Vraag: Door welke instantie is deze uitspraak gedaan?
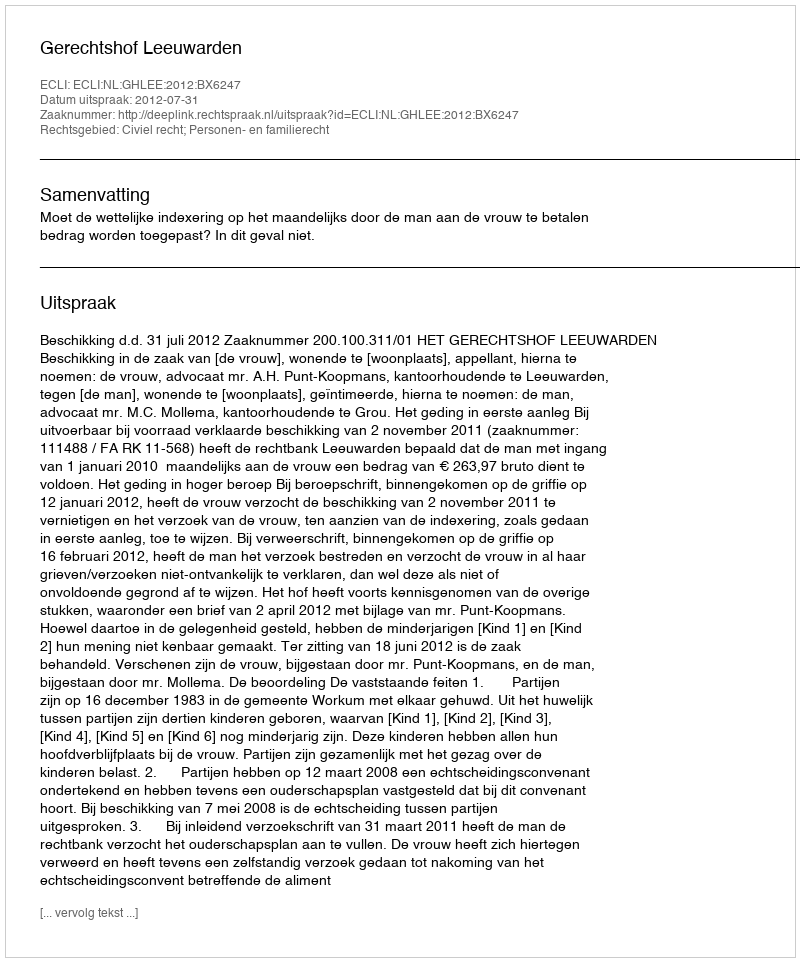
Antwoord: Gerechtshof Leeuwarden